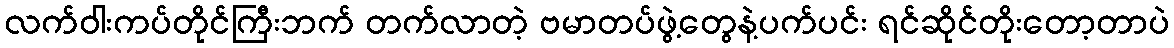
လက်ဝါးကပ်တိုင်ကြီးဘက် တက်လာတဲ့ ဗမာတပ်ဖွဲ့တွေနဲ့ပက်ပင်း ရင်ဆိုင်တိုးတော့တာပဲ